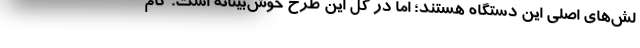
لش‌های اصلی این دستگاه هستند؛ اما در کل این طرح خوش‌بینانه است. گام